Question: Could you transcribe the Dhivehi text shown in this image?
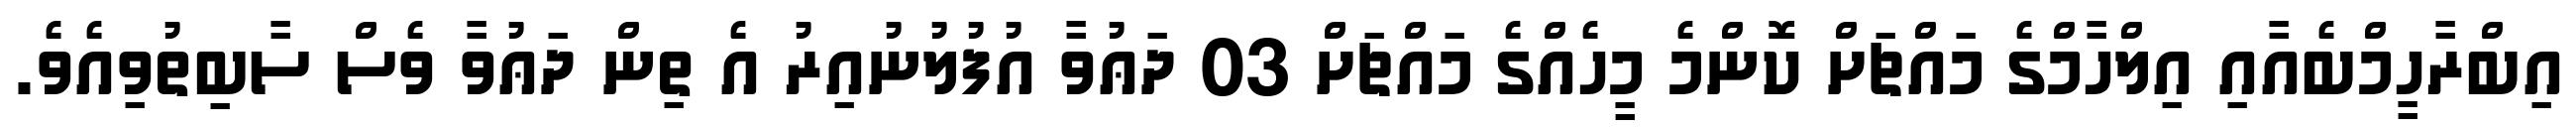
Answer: އިބްރާހީމްބެއާއި އިލްހާމްގެ މައްޗަށް ކޮންމެ މީހެއްގެ މައްޗަށް 03 ދަޢުވާ އުފުލުނުއިރު އެ ތިން ދަޢުވާ ވެސް ސާބިތުވިއެވެ.